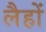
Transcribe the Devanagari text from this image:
लैहों